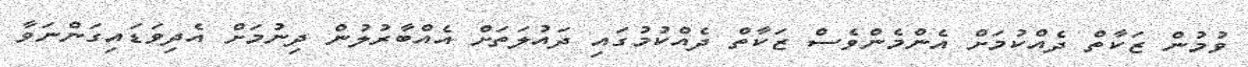
ވުމުން ޒަކާތް ދެއްކުމަށް އެންމެންވެސް ޒަކާތް ދެއްކުމުގައި ދައުލަތަށް އެއްބާރުލުން ދިނުމަށް އެދިވަޑައިގަންނަވާ